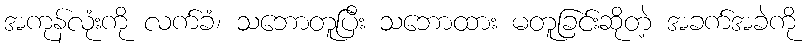
အကုန်လုံးကို လက်ခံ၊ သဘောတူပြီး သဘောထား မတူခြင်းဆိုတဲ့ အခက်အခဲကို